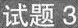
试题3